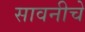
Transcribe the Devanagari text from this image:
सावनीचे